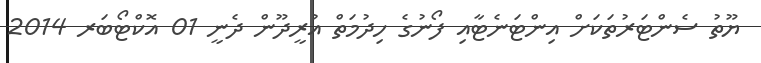
ޔޫތު ސެންޓަރުތަކަށް އިންޓަނެޓާއި ފޯނުގެ ހިދުމަތް އުރީދޫން ދެނީ 01 އޮކްޓޯބަރ 2014